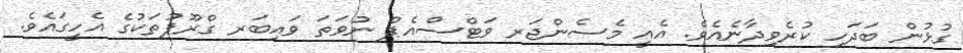
ގުޅުން ބަދަހި ކުރެވިދާނެއެވެ. އެއީ މެސެންޖަރ ވަޓްސްއެޕް ނުވަތަ ވައިބަރ ގްރޫޕުތަކުގެ އެހީގައެވެ.